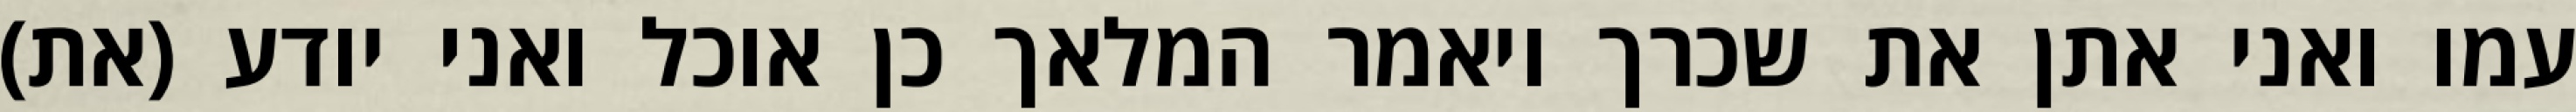
עמו ואני אתן את שכרך ויאמר המלאך כן אוכל ואני יודע (את)